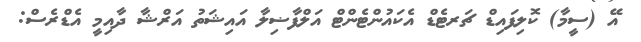
އޭ (ސީމާ) ކޮލިފައިޑް ޗަރޓެޑް އެކައުންޓެންޓް އަލްފާޟިލާ އައިޝަތު އަރްޝާ ދާއިމީ އެޑްރެސް: